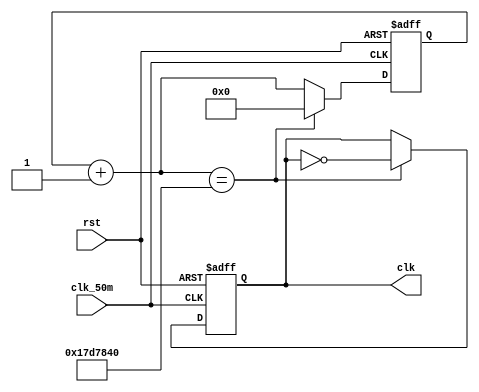
module clk_1(clk, rst, clk_50m);
	output clk;
	input rst;
	input clk_50m;

	reg [25:0] cnt;
	reg clk;

	always @(posedge clk_50m or posedge rst) begin
		if (rst) begin
			cnt <= 0;
			clk <= 1;

		end else begin
			cnt = cnt + 1;
			if (cnt == 25_000_000) begin
				cnt <= 0;

				clk <= ~clk;
			end
		end
	end
endmodule